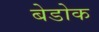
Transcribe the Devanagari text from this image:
बेडोक